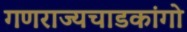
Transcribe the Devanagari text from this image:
गणराज्यचाडकांगो